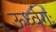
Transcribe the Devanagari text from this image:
ऊर्ध्वगः